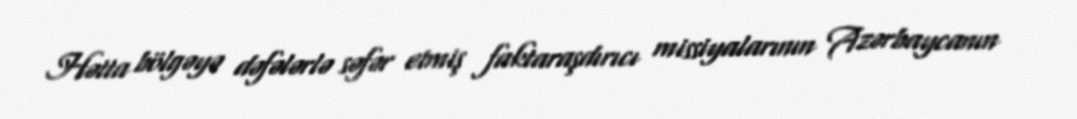
Hətta bölgəyə dəfələrlə səfər etmiş faktaraşdırıcı missiyalarının Azərbaycanın